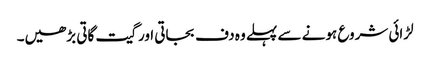
لڑائی شروع ہونے سے پہلے وہ دف بجاتی اور گیت گاتی بڑھیں۔